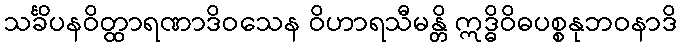
သင်္ခိပနဝိတ္ထာရဏာဒိဝသေန ဝိဟာရသီမန္တိ ဣဒ္ဓိဝိဓပစ္စနုဘဝနာဒိ